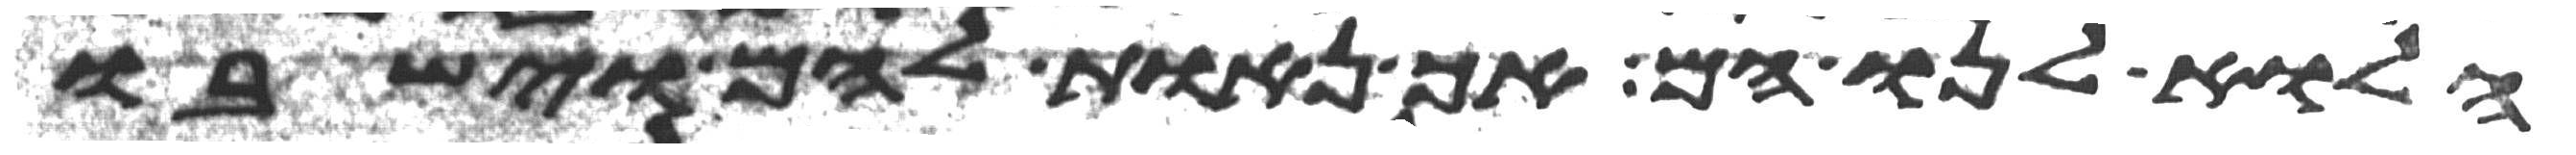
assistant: הלוא לנו הם אך נאות להם וישבו